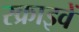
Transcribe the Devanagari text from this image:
स्क्राइवें